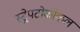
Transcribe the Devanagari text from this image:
स्ट्रेपटोकोकल